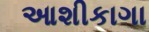
આશીકાગા